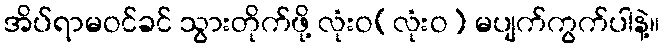
အိပ်ရာမဝင်ခင် သွားတိုက်ဖို့ လုံးဝ(လုံးဝ) မပျက်ကွက်ပါနဲ့။